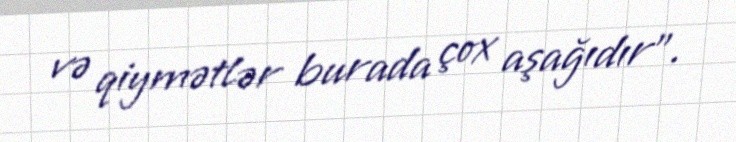
və qiymətlər burada çox aşağıdır".